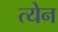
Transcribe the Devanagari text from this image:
त्येन